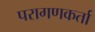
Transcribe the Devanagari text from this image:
परागणकर्ता